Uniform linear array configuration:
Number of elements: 48
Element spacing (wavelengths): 0.5
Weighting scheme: exponential
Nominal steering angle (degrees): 60
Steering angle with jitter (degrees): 58.537
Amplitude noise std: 0.05
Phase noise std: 0.05

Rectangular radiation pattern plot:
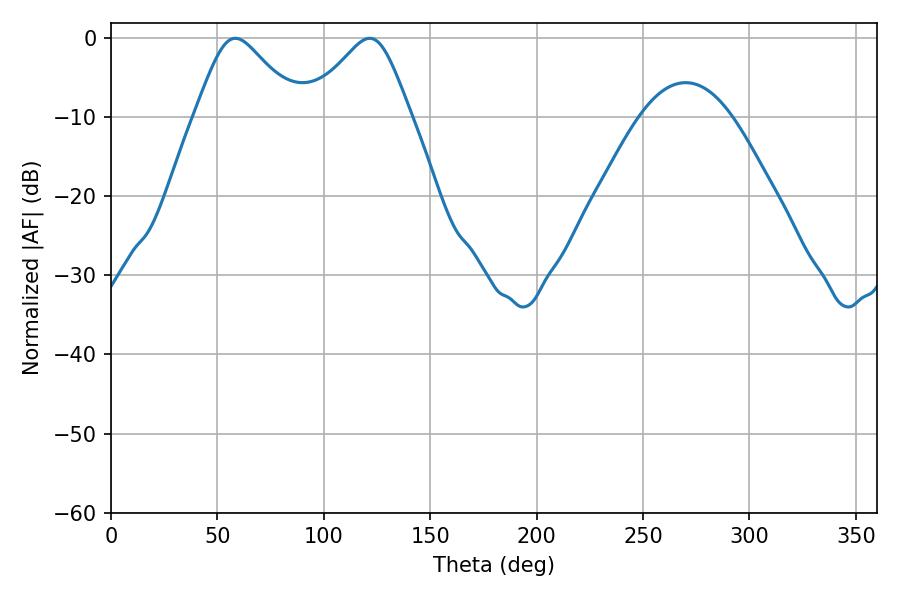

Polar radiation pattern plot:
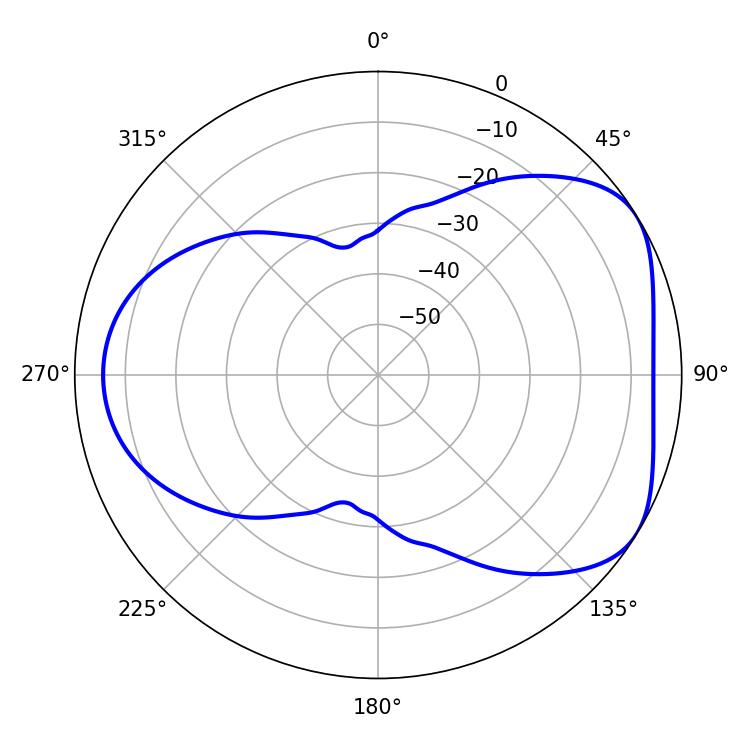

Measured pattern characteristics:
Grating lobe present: FALSE
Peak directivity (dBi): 4.782
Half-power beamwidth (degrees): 23.76
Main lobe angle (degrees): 58.5